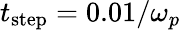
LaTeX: t_{\mathrm{step}}=0.01/\omega_{p}